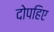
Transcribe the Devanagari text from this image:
दोपहिए